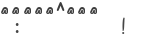
:         !